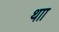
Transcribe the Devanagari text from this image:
थाा